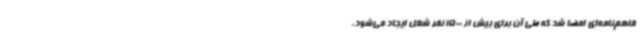
فاهم‌نامه‌ای امضا شد که طی آن برای بیش از 1500 نفر شغل ایجاد می‌شود،